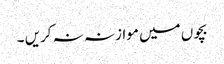
بچوں میں موازنہ نہ کریں ۔